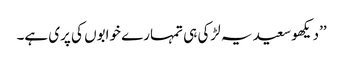
’’دیکھو سعید یہ لڑکی ہی تمہارے خوابوں کی پری ہے۔